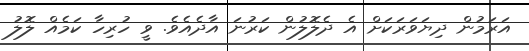
އަރަމުން ދިޔަވަރަކަށް އެ ދެލޮލުން ކަރުނަ އާދެއެވެ. ވީ ހުރިހާ ކަމެއް ލޮލު